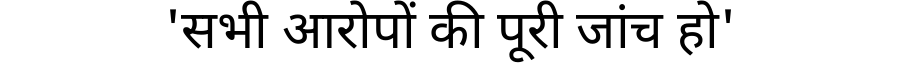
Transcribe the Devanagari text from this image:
'सभी आरोपों की पूरी जांच हो'